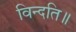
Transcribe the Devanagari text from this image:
विन्दति॥